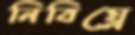
নিবিঘ্নে